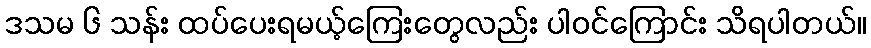
ဒသမ ၆ သန်း ထပ်ပေးရမယ့်ကြေးတွေလည်း ပါဝင်ကြောင်း သိရပါတယ်။